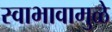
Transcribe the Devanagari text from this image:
स्वाभावामुळे